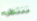
ننتظره